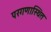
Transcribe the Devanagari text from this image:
परगणास्थित